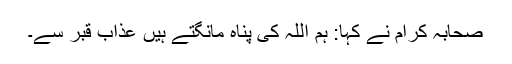
صحابہ کرام نے کہا: ہم اللہ کی پناہ مانگتے ہیں عذاب قبر سے۔